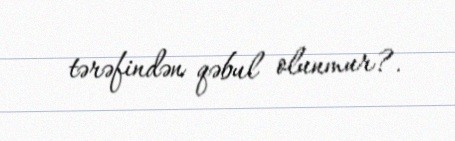
tərəfindən qəbul olunmur?.